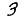
Digit: 3